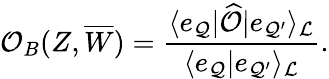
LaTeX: {\cal O}_{B}(Z,\overline{{{W}}})={\frac{\langle e_{{\cal Q}}|\widehat{\cal O}|e_{{\cal Q}^{\prime}}\rangle_{\cal L}}{\langle e_{{\cal Q}}|e_{{\cal Q}^{\prime}}\rangle_{\cal L}}}.